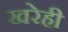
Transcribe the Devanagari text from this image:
खरेही